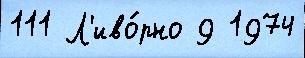
111 Л'иво́рно 9 1974